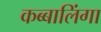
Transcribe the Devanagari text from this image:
कब्बालिंगा